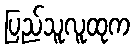
ပြည်သူလူထုက